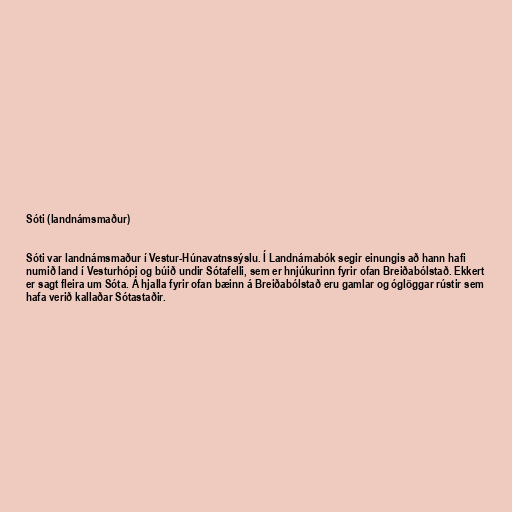
Sóti (landnámsmaður)

Sóti var landnámsmaður í Vestur-Húnavatnssýslu. Í Landnámabók segir einungis að hann hafi
numið land í Vesturhópi og búið undir Sótafelli, sem er hnjúkurinn fyrir ofan Breiðabólstað. Ekkert
er sagt fleira um Sóta. Á hjalla fyrir ofan bæinn á Breiðabólstað eru gamlar og óglöggar rústir sem
hafa verið kallaðar Sótastaðir.